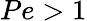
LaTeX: Pe>1